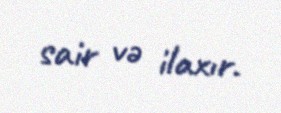
sair və ilaxır.